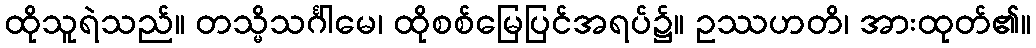
ထိုသူရဲသည်။ တသ္မိသင်္ဂါမေ၊ ထိုစစ်မြေပြင်အရပ်၌။ ဥဿဟတိ၊ အားထုတ်၏။